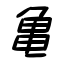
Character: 亀